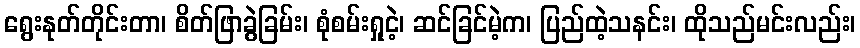
ရွေးနုတ်တိုင်းတာ၊ စိတ်ဖြာခွဲခြမ်း၊ စုံစမ်းရှုငဲ့၊ ဆင်ခြင်မဲ့က၊ ပြည်ထဲ့သနင်း၊ ထိုသည်မင်းလည်း၊